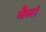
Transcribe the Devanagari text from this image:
बैसां